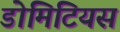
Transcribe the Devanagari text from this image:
डोमिटियस